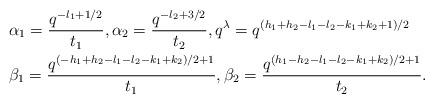
LaTeX: \begin{align*}& \alpha_1 = \frac{q^{- l_1 + 1/2}}{t_1}, \alpha_2 = \frac{q^{-l_2 +3/2}}{t_2},q^{\lambda}=q^{(h_1+h_2-l_1-l_2-k_1 +k_2 +1)/2}\\& \beta_1 = \frac{q^{ (-h_1+h_2-l_1-l_2-k_1 +k_2)/2 +1}}{ t_1}, \beta_2 = \frac{q^{(h_1- h_2-l_1-l_2-k_1 +k_2)/2 +1}}{ t_2}.\end{align*}